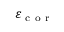
\varepsilon _ { \mathrm { ~ c ~ o ~ r ~ } }